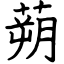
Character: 蒴